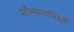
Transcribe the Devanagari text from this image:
सौभाग्यनिधी